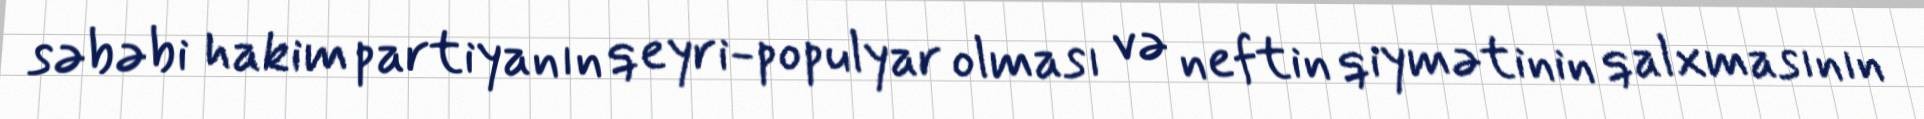
səbəbi hakim partiyanın qeyri-populyar olması və neftin qiymətinin qalxmasının